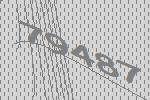
79487